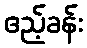
ဧည့်ခန်း